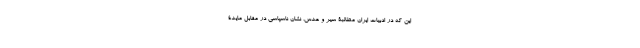
این که در ادبیات ایران مطالبۀ سیر و عدس، نشان ناسپاسی در مقابل مایدۀ